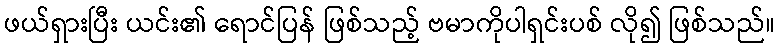
ဖယ်ရှားပြီး ယင်း၏ ရောင်ပြန် ဖြစ်သည့် ဗမာကိုပါရှင်းပစ် လို၍ ဖြစ်သည်။